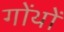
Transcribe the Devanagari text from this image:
गोंथों